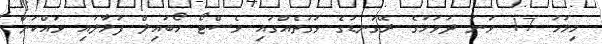
މިމަހު 17 ވަނަ ދުވަހުގެ ރޭގަނޑުގެ ވަގުތެއްގައި ވެސްޓޯ މޯބައިލް ފަޅާލައި ވައްކަން